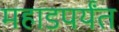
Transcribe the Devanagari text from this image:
महाडपर्यंत